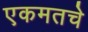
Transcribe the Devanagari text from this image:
एकमतचे